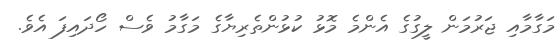
މަގާމާއި ޖަރުމަން ލީގުގެ އެންމެ މޮޅު ކުޅުންތެރިޔާގެ މަގާމު ވެސް ހޯދައިފަ އެވެ.